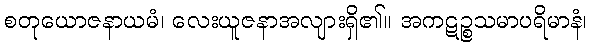
စတုယောဇနာယမံ၊ လေးယူဇနာအလျားရှိ၏။ အကဋဉ္စသမာပရိမာနံ၊